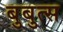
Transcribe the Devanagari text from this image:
बुबुत्स